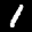
Label: 1